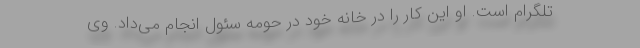
تلگرام است. او این کار را در خانه خود در حومه سئول انجام می‌داد. وی